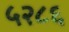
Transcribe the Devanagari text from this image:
५२८६